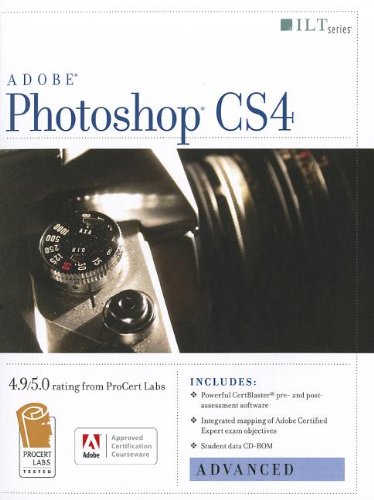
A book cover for Photoshop Cs4: Advanced, Ace Edition + Certblaster + Data (ILT); Computers & Technology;